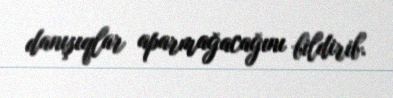
danışıqlar aparmağacağını bildirib.